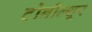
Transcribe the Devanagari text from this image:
टोनील्शूर